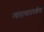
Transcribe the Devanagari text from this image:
त्यांतल्यापंचवीस